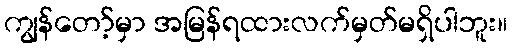
ကျွန်တော့်မှာ အမြန်ရထားလက်မှတ်မရှိပါဘူး။